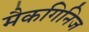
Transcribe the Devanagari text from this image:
मैकगिनिज